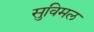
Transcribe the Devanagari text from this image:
सुविमल